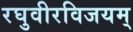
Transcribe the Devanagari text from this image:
रघुवीरविजयम्